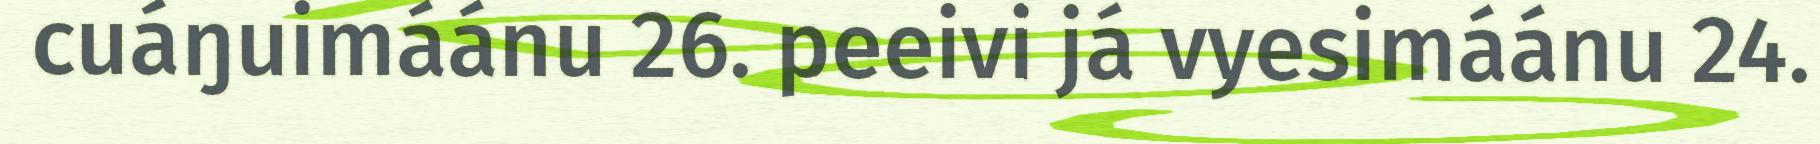
cuáŋuimáánu 26. peeivi já vyesimáánu 24.